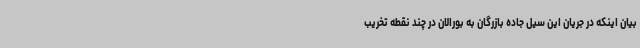
بیان اینکه در جریان این سیل جاده بازرگان به بورالان در چند نقطه تخریب